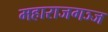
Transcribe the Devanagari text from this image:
महाराजगञ्ज